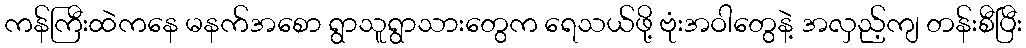
ကန်ကြီးထဲကနေ မနက်အစော ရွာသူရွာသားတွေက ရေသယ်ဖို့ ဗုံးအဝါတွေနဲ့ အလှည့်ကျ တန်းစီပြီး